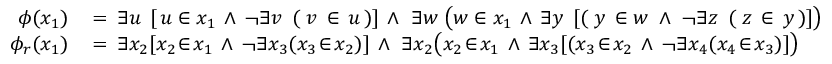
{ \begin{array} { r l } { \phi ( x _ { 1 } ) \, } & { = \, \exists u \; \, [ \, u \in x _ { 1 } \, \land \, \neg \exists v \; \, ( \; v \, \in \, u \, ) ] \, \land \, \, \exists w \; { \bigl ( } w \in x _ { 1 } \, \land \, \exists y \; \, [ ( \; y \, \in w \; \land \; \neg \exists z \; \, ( \; z \, \in \, y \, ) ] { \bigr ) } } \\ { \phi _ { r } ( x _ { 1 } ) \, } & { = \, \exists x _ { 2 } [ x _ { 2 } \! \in \! x _ { 1 } \, \land \, \neg \exists x _ { 3 } ( x _ { 3 } \! \in \! x _ { 2 } ) ] \, \land \, \, \exists x _ { 2 } { \bigl ( } x _ { 2 } \! \in \! x _ { 1 } \, \land \, \exists x _ { 3 } [ ( x _ { 3 } \! \in \! x _ { 2 } \, \land \, \neg \exists x _ { 4 } ( x _ { 4 } \! \in \! x _ { 3 } ) ] { \bigr ) } } \end{array} }